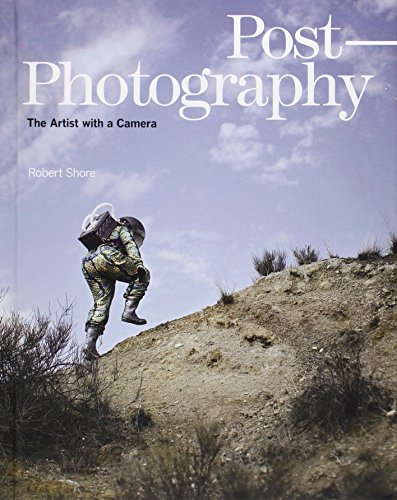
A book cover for Post-Photography: The Artist with a Camera (Elephant Book); Robert Shore; Arts & Photography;